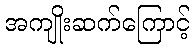
အကျိုးဆက်ကြောင့်